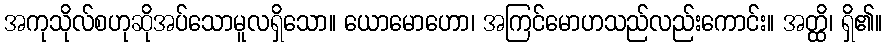
အကုသိုလ်စဟုဆိုအပ်သောမူလရှိသော။ ယောမောဟော၊ အကြင်မောဟသည်လည်းကောင်း။ အတ္ထိ၊ ရှိ၏။